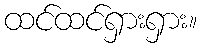
ထင်ထင်ရှားရှား။